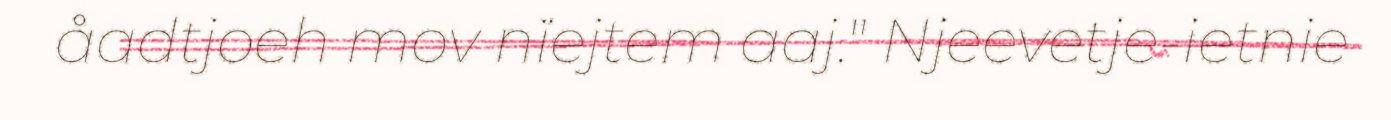
åadtjoeh mov nïejtem aaj." Njeevetje-ietnie